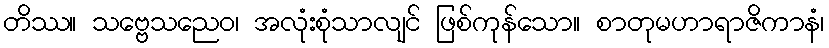
တိဿ။ သဗ္ဗေသညေဝ၊ အလုံးစုံသာလျင် ဖြစ်ကုန်သော။ စာတုမဟာရာဇိကာနံ၊